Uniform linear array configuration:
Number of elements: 16
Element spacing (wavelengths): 0.5
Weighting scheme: binomial
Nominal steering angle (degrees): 15
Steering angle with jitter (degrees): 14.491
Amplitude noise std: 0.05
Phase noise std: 0.05

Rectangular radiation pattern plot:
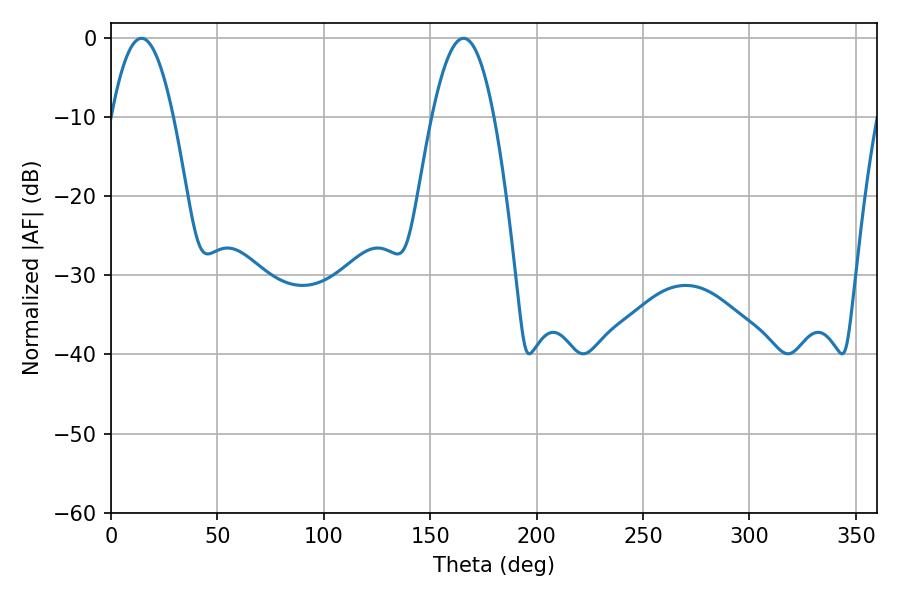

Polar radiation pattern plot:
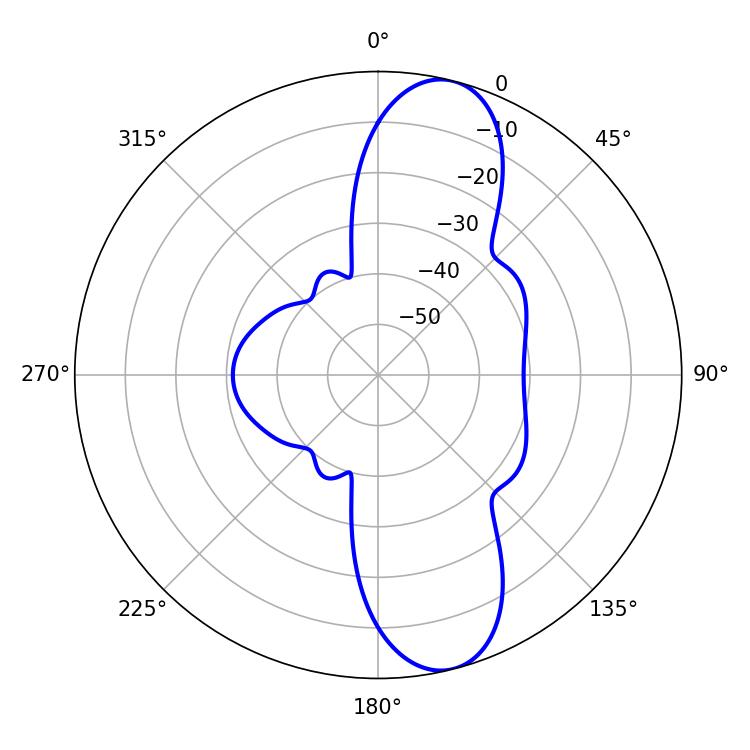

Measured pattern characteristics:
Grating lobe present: FALSE
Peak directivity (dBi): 11.218
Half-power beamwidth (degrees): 15.84
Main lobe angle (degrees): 14.4